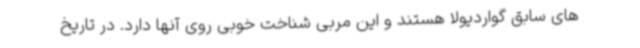
های سابق گواردیولا هستند و این مربی شناخت خوبی روی آنها دارد. در تاریخ